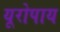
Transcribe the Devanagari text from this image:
यूरोपाय